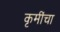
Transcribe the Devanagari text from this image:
कृमींचा